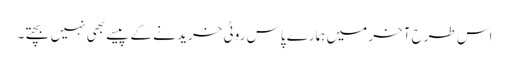
اس طرح آخر میں ہمارے پاس روٹی خرید نے کے پیسے بھی نہیں بچتے۔